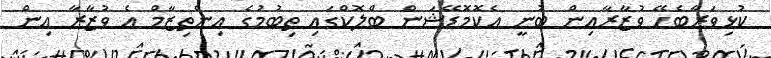
ކުޅިވަރާބެހޭ ވުޒާރާއިން ބުނީ އެކޮމޮޑޭޝަން ބްލޮކްގައި ތިބުމުގެ އިންތިޒާމް އެ ވުޒާރާ އިން